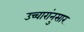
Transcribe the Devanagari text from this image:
उच्चारांनुसार